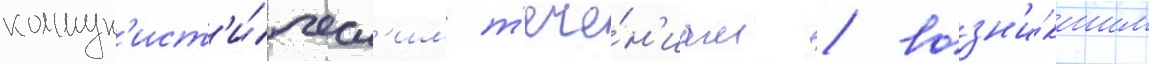
коммун'ист'и́ческ'им т'ече́н'иам / возн'и́кшим